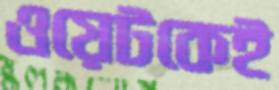
ওয়েটকেই